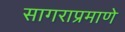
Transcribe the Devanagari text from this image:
सागराप्रमाणे